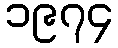
၁၉၇၄